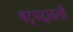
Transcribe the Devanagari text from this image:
षट्पदावली